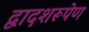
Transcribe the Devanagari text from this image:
द्वादशरूपेण